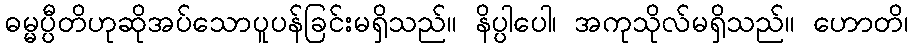
ဓမ္မပ္ပီတိဟုဆိုအပ်သောပူပန်ခြင်းမရှိသည်။ နိပ္ပါပေါ၊ အကုသိုလ်မရှိသည်။ ဟောတိ၊